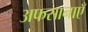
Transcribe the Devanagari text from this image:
अफसानाएँ